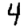
Digit: 4